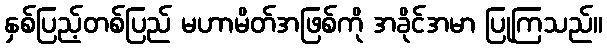
နှစ်ပြည့်တစ်ပြည် မဟာမိတ်အဖြစ်ကို အခိုင်အမာ ပြုကြသည်။